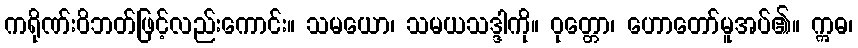
ကရိုဏ်းဝိဘတ်ဖြင့်လည်းကောင်း။ သမယော၊ သမယသဒ္ဒါကို။ ဝုတ္တော၊ ဟောတော်မူအပ်၏။ ဣဓ၊